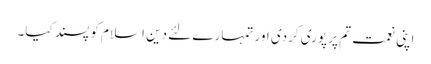
اپنی نعمت تم پر پوری کردی اور تمہارے لئے دین اسلام کو پسند کیا۔